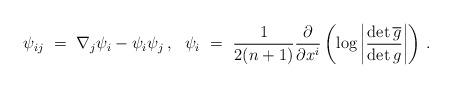
LaTeX: \begin{align*} \psi_{ij} \ =\ \nabla_j\psi_i-\psi_i\psi_j\,,\ \ \psi_i \ =\ \frac{1}{2(n+1)}\frac{\partial}{\partial x^i}\left(\log\left|\frac{\det \overline{g}}{\det g}\right|\right)\,.\end{align*}